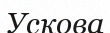
Ускова